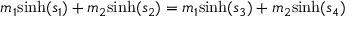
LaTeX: m _ { 1 } { \mathrm { s i n h } } ( s _ { 1 } ) + m _ { 2 } { \mathrm { s i n h } } ( s _ { 2 } ) = m _ { 1 } { \mathrm { s i n h } } ( s _ { 3 } ) + m _ { 2 } { \mathrm { s i n h } } ( s _ { 4 } )